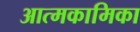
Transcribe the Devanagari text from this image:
आत्मकामिका